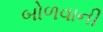
બોળવાની